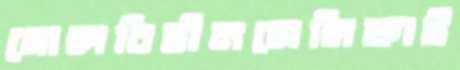
গোলবিহীনসেমিফাই